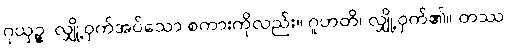
ဂုယှဉ္စ၊ လျှို့ဝှက်အပ်သော စကားကိုလည်း။ ဂူဟတိ၊ လျှို့ဝှက်၏။ တဿ၊